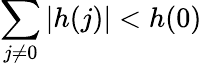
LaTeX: \sum_{j\neq 0}\left|h(j)\right|<h(0)